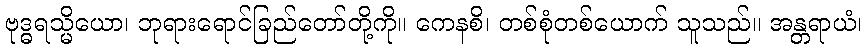
ဗုဒ္ဓရသ္မိယော၊ ဘုရားရောင်ခြည်တော်တို့ကို။ ကေနစိ၊ တစ်စုံတစ်ယောက် သူသည်။ အန္တရာယံ၊